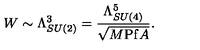
W \sim \Lambda _ { S U ( 2 ) } ^ { 3 } = { \frac { \Lambda _ { S U ( 4 ) } ^ { 5 } } { \sqrt { M \mathrm { P f } A } } } .